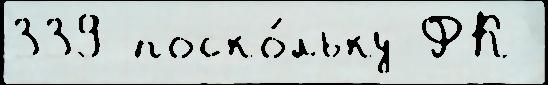
339 поско́льку ФК